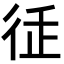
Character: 𢓩